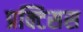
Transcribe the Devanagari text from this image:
प्रक्टिसस